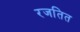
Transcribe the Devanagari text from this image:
रजतित